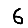
Digit: 6